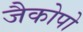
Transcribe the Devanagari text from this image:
जैकोपो